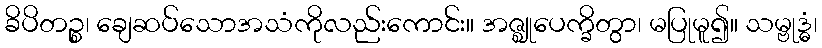
ခိပိတဉ္စ၊ ချေဆပ်သောအသံကိုလည်းကောင်း။ အဇ္ဈုပေက္ခိတွာ၊ မပြုမူ၍။ သမ္ဗုဒ္ဓံ၊